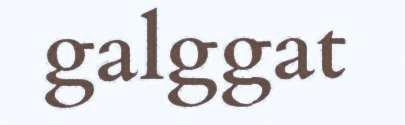
galggat